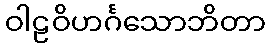
ဝါဠဝိဟင်္ဂသောဘိတာ